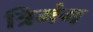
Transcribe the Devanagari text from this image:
त्रिमंग